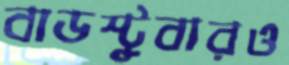
বাডস্টুবারও